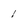
Character: 1